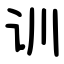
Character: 训